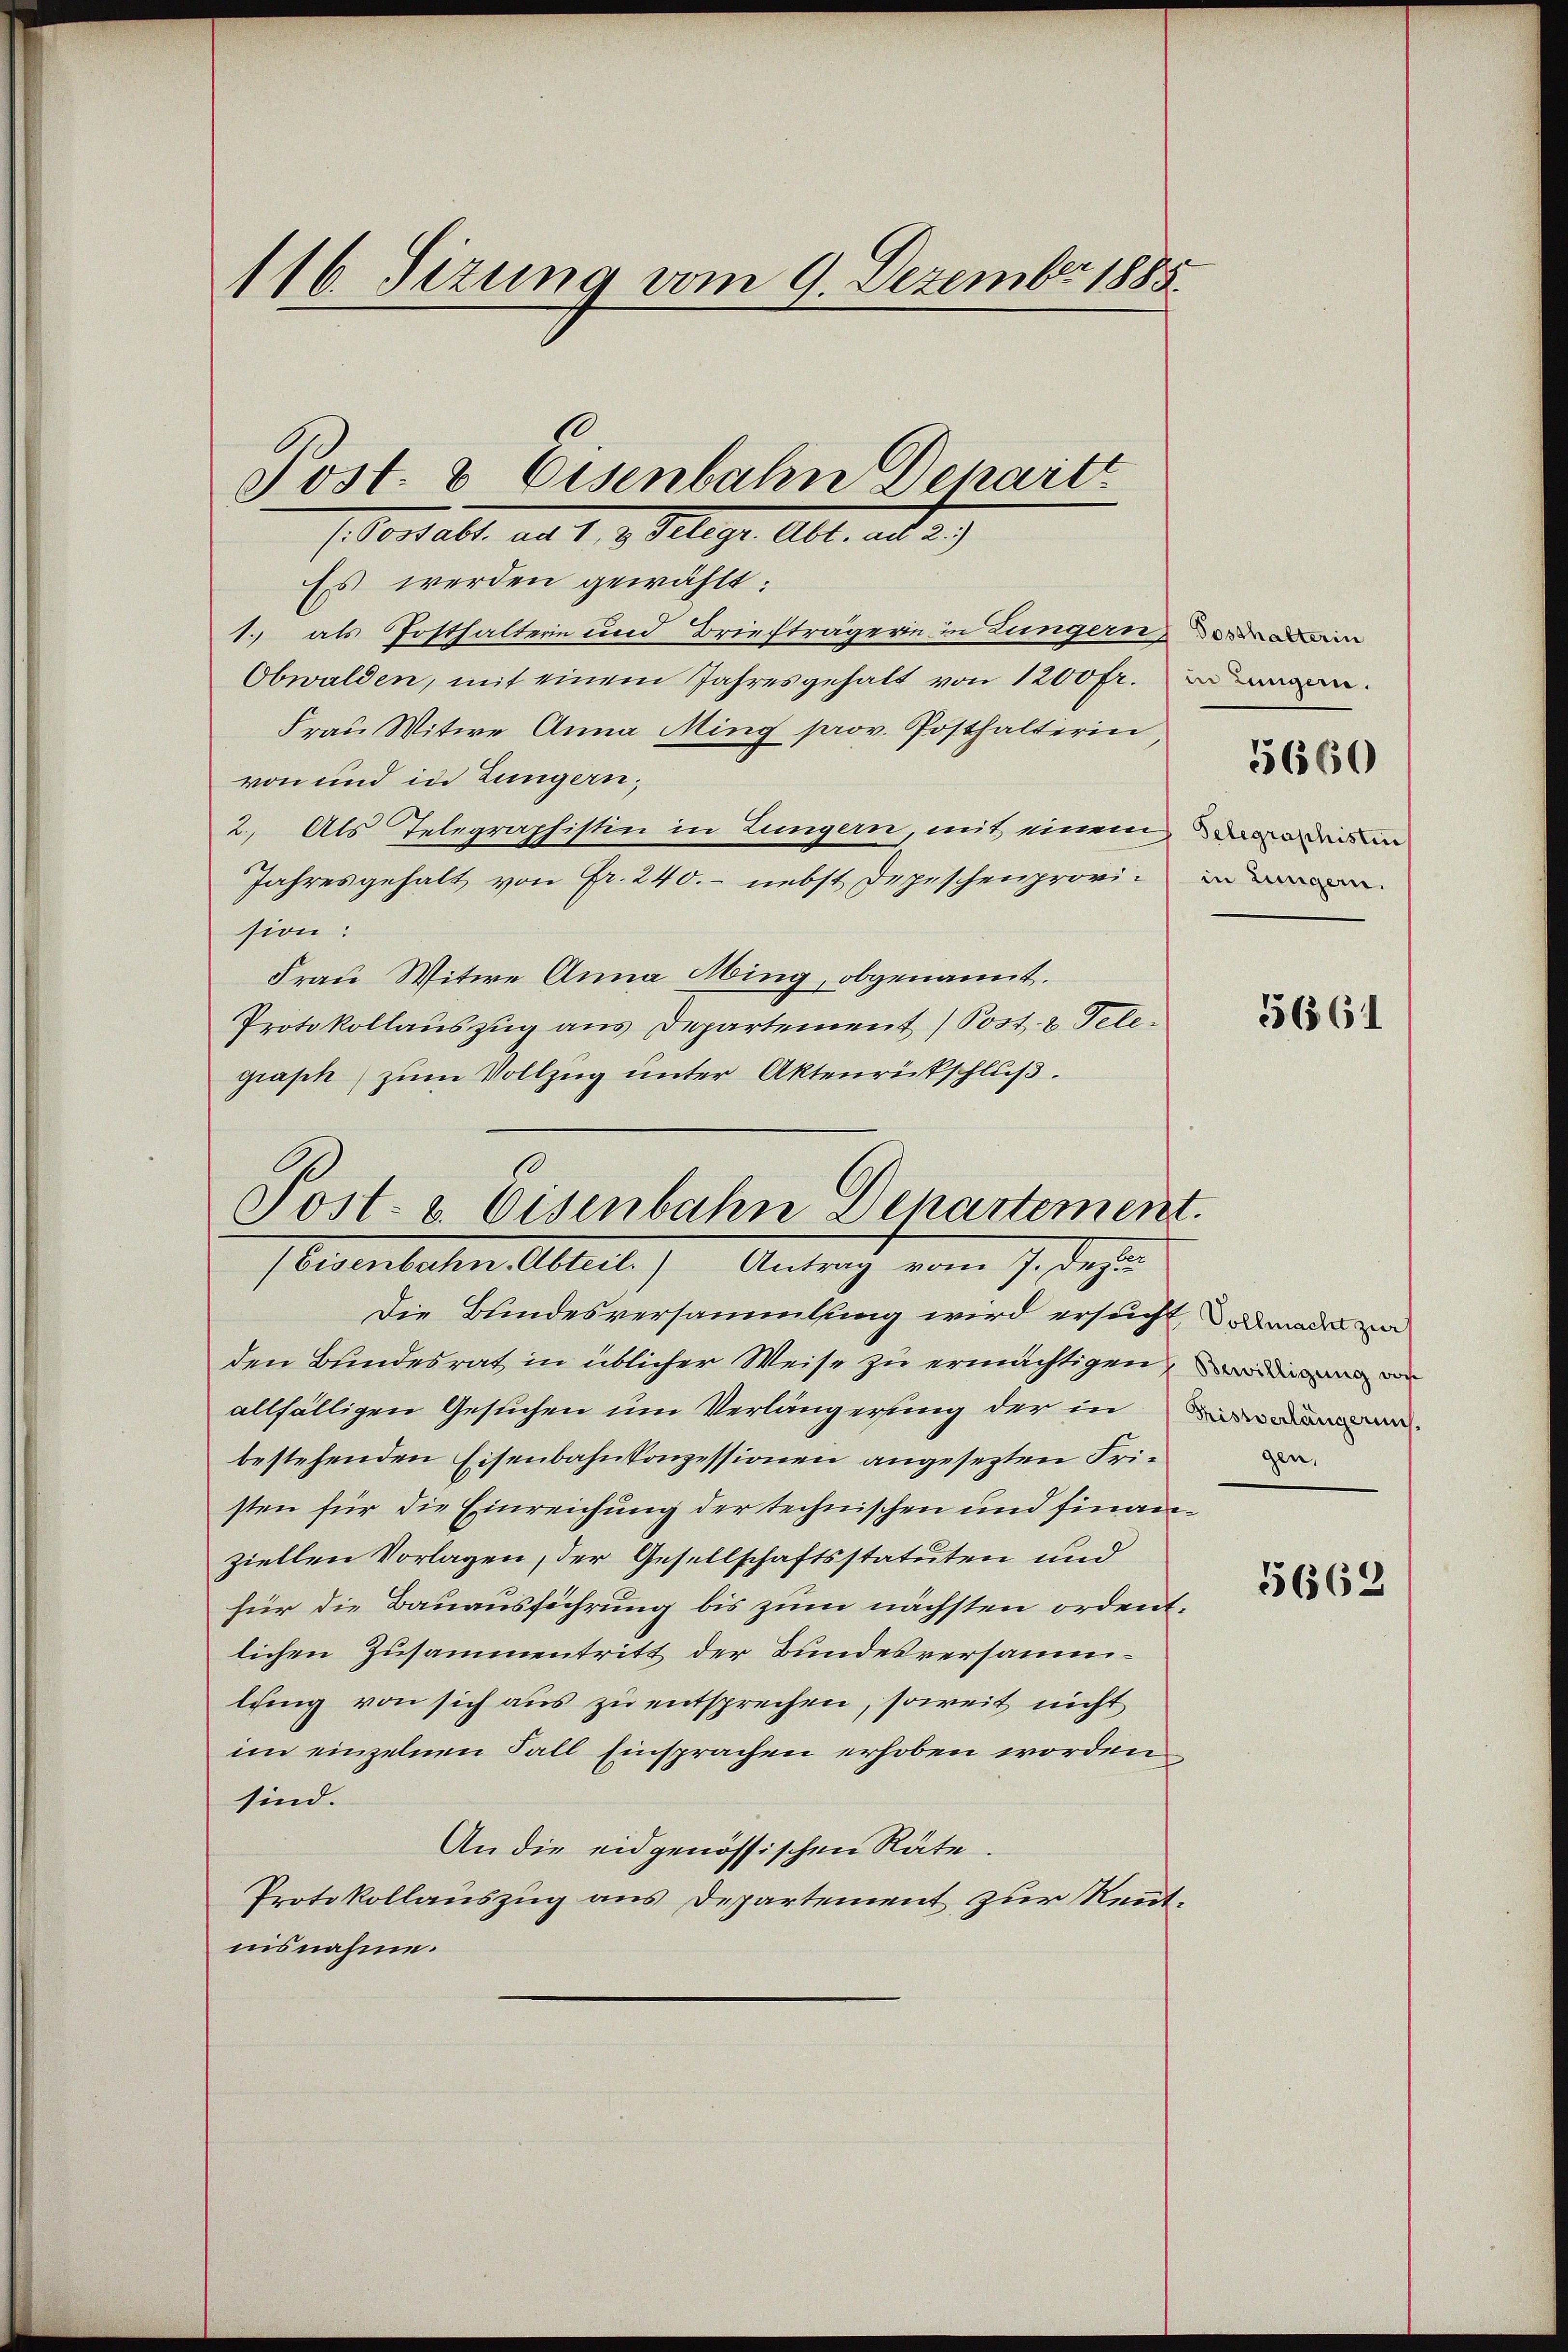
Es werden gewählt:
1. als Posthalterin und Briefträgerin in Lungernein
Obwalden, mit einem Jahresgehalt von 1200 fr. deman
Frau Witwe Anna Ming prov. Posthalterin
von und in Zungern;
2.) Als Telegraphistin in Lungern, mit einem anders in
Jahresgehalt von Fr. 240. - nebst Depeschenprovin
sion:
Frau Witwe Anna Ming, obgenannt.
Protokollauszug aus Departement (Post- & Telegraph zum Vollzug unter Aktenrückschluß.

116. Sizung vom 9. Dezember 1885
Post- & Eisenbahn Denaitt

Verhalt ad 1., v. Klage. Abt. ad 2.)

Post- u. Eisenbahn Departement.
(Eisenbahn-Abteil.) Antrag vom 7. Dez

Die Bundesversammlung wird ersucht, das a
den Bundesrat in üblicher Weise zu ermächtigen, von
allfälligen Gesuchen um Verlängerung der in
bestehenden Eisenbahnkonzessionen angesezten Fristen für die Einreichung der technischen und finanziellen Vorlagen, der Gesellschaftsstatuten und
für die Bauausführung bis zum nächsten ordent.
lichen Zusammentritt der Bundesversammlung von sich aus zu entsprechen, soweit nicht
im einzelnen Fall Einsprachen erhoben worden
sind.
An die eidgenössischen Räte.
Protokollauszug aus Departement zur Renntnisnahme.

5660

5661

Tristverlängerung.
gen,

5662